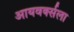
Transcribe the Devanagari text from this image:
आयवर्क्सला